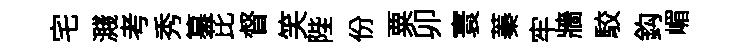
宅濺考秀纂芘督笑陛份粟卯寰蓁牢牆駮鈎嵋